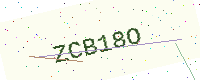
Text: ZCB18O